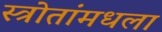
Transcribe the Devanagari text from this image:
स्त्रोतांमधला